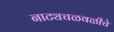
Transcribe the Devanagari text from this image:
नाट्यचळवळीचे